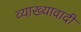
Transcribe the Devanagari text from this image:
व्याख्यावादी